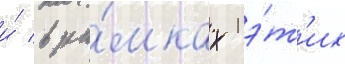
и́ в ра́мках э́т'их